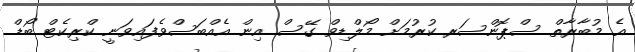
އެ މުބާރާތް ސްޕޮންސަރ ކުރުމަށް މޯލްޑިވް ގޭސް އިން އެއްބަސްވެފައިވަނީ ކްރިކެޓް ބޯޑް